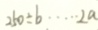
2 6 0 \div b \cdots 2 a